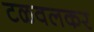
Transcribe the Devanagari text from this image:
टळवलकर